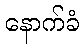
နောက်ခံ